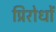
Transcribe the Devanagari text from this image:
प्रिरोधों